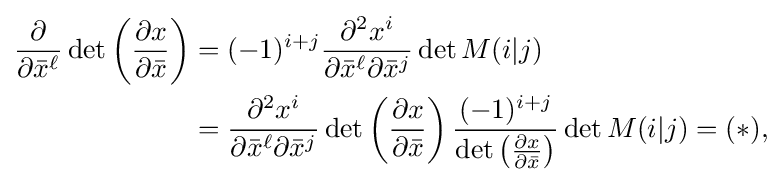
{\begin{aligned}{\frac {\partial }{\partial {\bar {x}}^{\ell }}}\det \left({\frac {\partial x}{\partial {\bar {x}}}}\right)&=(-1)^{i+j}{\frac {\partial ^{2}x^{i}}{\partial {\bar {x}}^{\ell }\partial {\bar {x}}^{j}}}\det M(i|j)\\&={\frac {\partial ^{2}x^{i}}{\partial {\bar {x}}^{\ell }\partial {\bar {x}}^{j}}}\det \left({\frac {\partial x}{\partial {\bar {x}}}}\right){\frac {(-1)^{i+j}}{\det \left({\frac {\partial x}{\partial {\bar {x}}}}\right)}}\det M(i|j)=(\ast ),\end{aligned}}